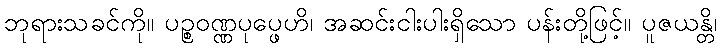
ဘုရားသခင်ကို။ ပဉ္စဝဏ္ဏပုပ္ဖေဟိ၊ အဆင်းငါးပါးရှိသော ပန်းတို့ဖြင့်။ ပူဇယန္တိ၊